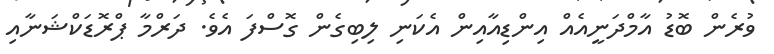
ވުރެން ބޮޑު އާމްދަނީއެއް އިންޑިއާއިން އެކަނި ލިބިގެން ގޮސްފަ އެވެ. ދަރްމާ ޕްރޮޑަކްޝަނާއި